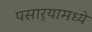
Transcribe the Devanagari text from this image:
पसार्‍यामध्ये